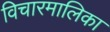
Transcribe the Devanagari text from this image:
विचारमालिका